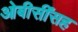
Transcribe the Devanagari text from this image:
ओबीसींसह